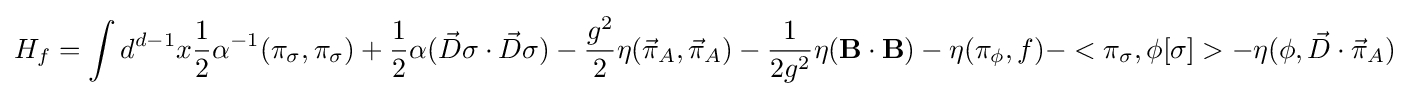
H_{f}=\int d^{d-1}x{\frac {1}{2}}\alpha ^{-1}(\pi _{\sigma },\pi _{\sigma })+{\frac {1}{2}}\alpha ({\vec {D}}\sigma \cdot {\vec {D}}\sigma )-{\frac {g^{2}}{2}}\eta ({\vec {\pi }}_{A},{\vec {\pi }}_{A})-{\frac {1}{2g^{2}}}\eta (\mathbf {B} \cdot \mathbf {B} )-\eta (\pi _{\phi },f)-<\pi _{\sigma },\phi [\sigma ]>-\eta (\phi ,{\vec {D}}\cdot {\vec {\pi }}_{A})